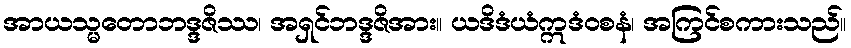
အာယသ္မတောဘဒ္ဒဇိဿ၊ အရှင်ဘဒ္ဒဇိအား။ ယဒိဒံယံဣဒံဝစနံ၊ အကြင်စကားသည်။